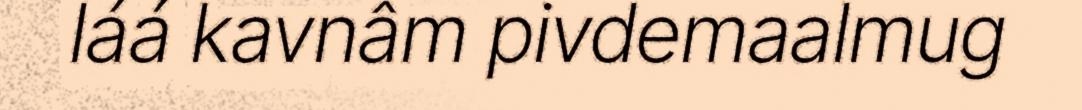
láá kavnâm pivdemaalmug